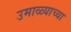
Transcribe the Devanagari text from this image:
उमाळ्याच्या